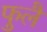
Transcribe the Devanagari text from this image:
फुलै